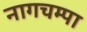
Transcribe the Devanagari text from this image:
नागचम्पा